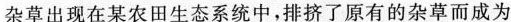
杂草出现在某农田生态系统中，排挤了原有的杂草而成为